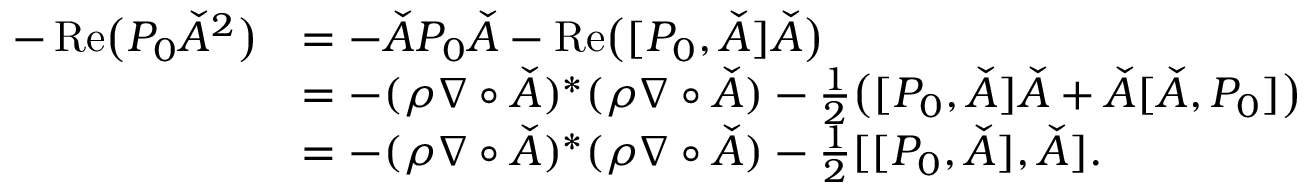
\begin{array} { r l } { - \operatorname { R e } \bigl ( P _ { 0 } \check { A } ^ { 2 } \bigr ) } & { = - \check { A } P _ { 0 } \check { A } - \operatorname { R e } \bigl ( [ P _ { 0 } , \check { A } ] \check { A } \bigr ) } \\ & { = - ( \rho \nabla \circ \check { A } ) ^ { * } ( \rho \nabla \circ \check { A } ) - { \frac { 1 } { 2 } } \bigl ( [ P _ { 0 } , \check { A } ] \check { A } + \check { A } [ \check { A } , P _ { 0 } ] \bigr ) } \\ & { = - ( \rho \nabla \circ \check { A } ) ^ { * } ( \rho \nabla \circ \check { A } ) - { \frac { 1 } { 2 } } [ [ P _ { 0 } , \check { A } ] , \check { A } ] . } \end{array}